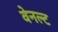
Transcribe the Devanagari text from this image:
वेनल्ट